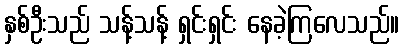
နှစ်ဦးသည် သန့်သန့် ရှင်းရှင်း နေခဲ့ကြလေသည်။